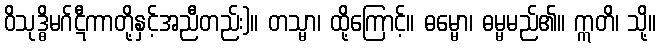
ဝိသုဒ္ဓိမဂ်ဋီကာတို့နှင့်အညီတည်း)။ တသ္မာ၊ ထို့ကြောင့်။ ဓမ္မော၊ ဓမ္မမည်၏။ ဣတိ၊ သို့။